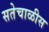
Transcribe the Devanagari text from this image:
सतेचाळीस